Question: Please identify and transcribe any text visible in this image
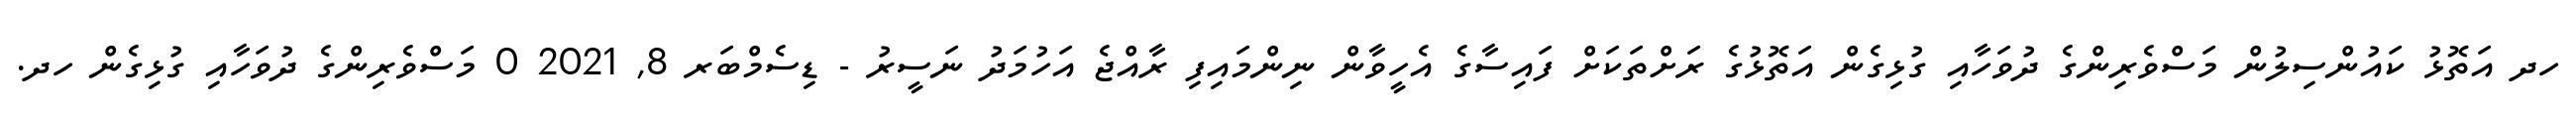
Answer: ހދ އަތޮޅު ކައުންސިލުން މަސްވެރިންގެ ދުވަހާއި ގުޅިގެން އަތޮޅުގެ ރަށްތަކަށް ފައިސާގެ އެހީވާން ނިންމައިފި ރާއްޖެ އަހުމަދު ނަސީރު - ޑިސެމްބަރ 8, 2021 0 މަސްވެރިންގެ ދުވަހާއި ގުޅިގެން ހދ.